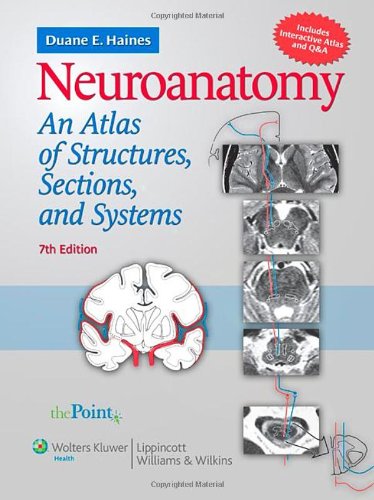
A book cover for Neuroanatomy: An Atlas of Structures, Sections, and Systems (Point (Lippincott Williams & Wilkins)); Duane E. Haines PhD; Medical Books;